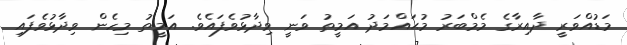
މަޑުއްވަރީ ދާއިރާގެ މެމްބަރު މުޙައްމަދު އަމީތު ވަނީ ވިދާޅުވެފައެވެ. އަމީތު މިހެން ވިދާޅުވެފައި